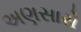
અણસારો